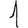
Digit: 1